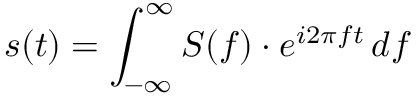
s ( t ) = \int _ { - \infty } ^ { \infty } S ( f ) \cdot e ^ { i 2 \pi f t } \, d f